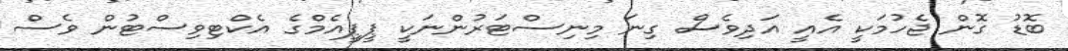
ބޮޑު ގޮން ޖެހުމަކީ އެއީ އަދިވެސް ގިނަ މިނިސްޓަރުންނަކީ ޕީޕީއެމްގެ އެކްޓިވިސްޓުން ވެސް